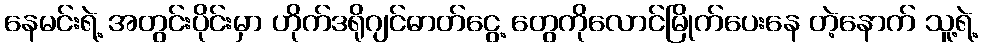
နေမင်းရဲ့ အတွင်းပိုင်းမှာ ဟိုက်ဒရိုဂျင်ဓာတ်ငွေ့ တွေကိုလောင်မြိုက်ပေးနေ တဲ့နောက် သူ့ရဲ့